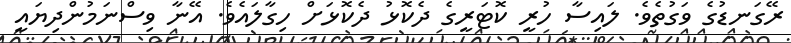
ރޭގަނޑުގެ ވަގުތެވެ. ލައިސާ ހުރީ ކޮޓަރީގެ ދެކޮޅު ދެކޮޅަށް ހިގާލައެވެ. އޭނާ ވިސްނަމުންދިޔައީ